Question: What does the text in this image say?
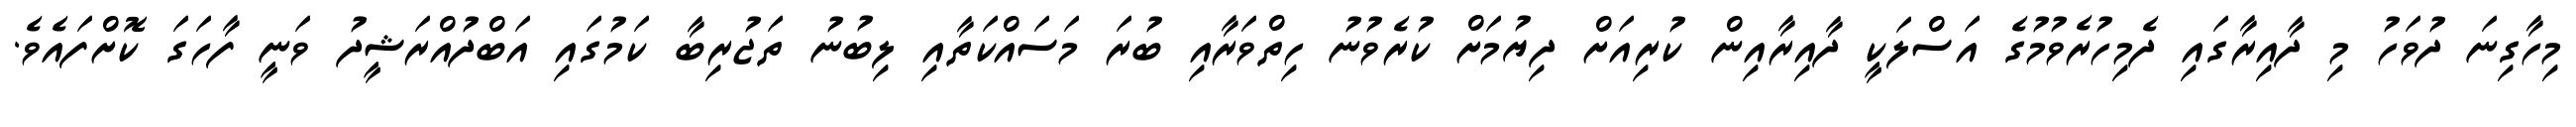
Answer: މިހާގިނަ ދުވަހު މި ދާއިރާގައި ދެމިހުރެވުމުގެ އަސްލަކީ ދާއިރާއިން ކުރިއަށް ދިޔުމަށް ކުރެވުނު ހިތްވަރާއި ބުރަ މަސައްކަތާއި ލިބުނު ތަޖުރިބާ ކަމުގައި އަބްދުއްރަޝީދު ވަނީ ފާހަގަ ކޮށްފައެވެ.